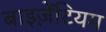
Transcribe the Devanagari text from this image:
बाइज़ेंटियम